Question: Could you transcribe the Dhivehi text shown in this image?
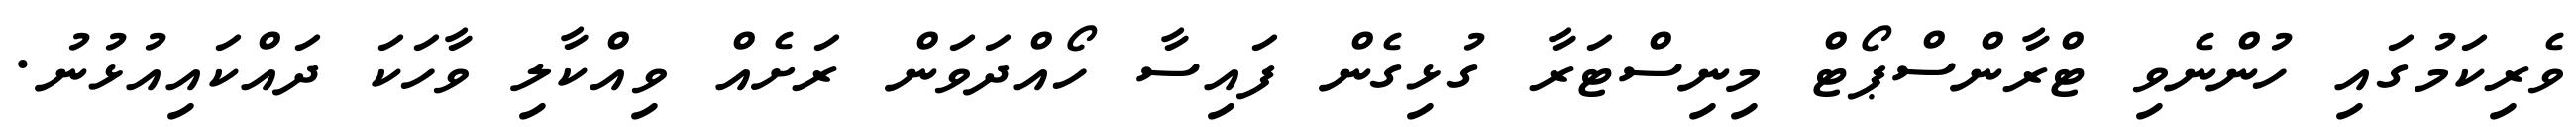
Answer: ވެރިކަމުގައި ހުންނެވި ޓްރާންސްޕޯޓް މިނިސްޓަރާ ގުޅިގެން ފައިސާ ހޯއްދަވަން ރަށެއް ވިއްކާލި ވާހަކަ ދައްކައިއުޅުނު.